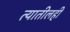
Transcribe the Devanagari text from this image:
त्यातीलही